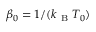
\beta _ { 0 } = 1 / ( k _ { \mathrm { ~ B ~ } } T _ { 0 } )